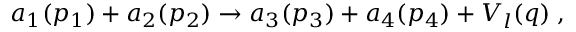
a _ { 1 } ( p _ { 1 } ) + a _ { 2 } ( p _ { 2 } ) \rightarrow a _ { 3 } ( p _ { 3 } ) + a _ { 4 } ( p _ { 4 } ) + V _ { l } ( q ) \; ,